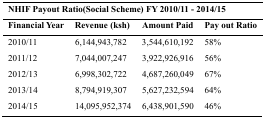
| <COLSPAN=4> NHIF Payout Ratio(Social Scheme) FY 2010/11 - 2014/15 |
 | Financial Year | Revenue (ksh) | Amount Paid | Pay out Ratio |
 | --- | --- | --- | --- |
 | 2010/11 | 6,144,943,782 | 3,544,610,192 | 58% |
 | 2011/12 | 7,044,007,247 | 3,922,926,916 | 56% |
 | 2012/13 | 6,998,302,722 | 4,687,260,049 | 67% |
 | 2013/14 | 8,794,919,307 | 5,627,232,594 | 64% |
 | 2014/15 | 14,095,952,374 | 6,438,901,590 | 46% |